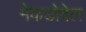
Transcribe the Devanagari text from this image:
मेकडोवेल